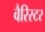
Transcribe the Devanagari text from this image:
वैरिस्टर